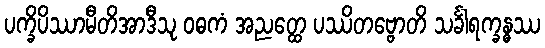
ပက္ခိပိဿာမီတိအာဒီသု ဝဓကံ အညတ္ထေ ပဿိတဗ္ဗောတိ သင်္ခါရက္ခန္ဓဿ